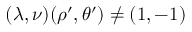
( \lambda , \nu ) ( \rho ^ { \prime } , \theta ^ { \prime } ) \neq ( 1 , - 1 )